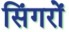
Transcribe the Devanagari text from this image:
सिंगरों